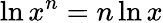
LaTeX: \ln x^{n}=n\ln x